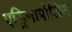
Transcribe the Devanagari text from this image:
एड्रिनोपोलिस